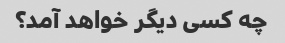
چه کسی دیگر خواهد آمد؟